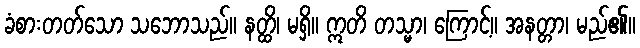
ခံစားတတ်သော သဘောသည်။ နတ္ထိ၊ မရှိ။ ဣတိ တသ္မာ၊ ကြောင့်။ အနတ္တာ၊ မည်၏။